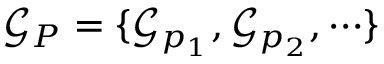
{ \mathcal { G } } _ { P } = \{ { \mathcal { G } } _ { p _ { 1 } } , { \mathcal { G } } _ { p _ { 2 } } , \cdots \}